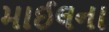
માઈલના